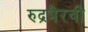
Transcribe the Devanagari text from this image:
रुद्रभैरवी